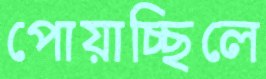
পোয়াচ্ছিলে